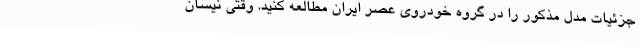
جزئیات مدل مذکور را در گروه خودروی عصر ایران مطالعه کنید. وقتی نیسان